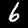
Digit: 6